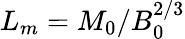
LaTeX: L_{m}=M_{0}/B_{0}^{2/3}